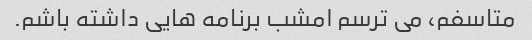
متاسفم، می ترسم امشب برنامه هایی داشته باشم.